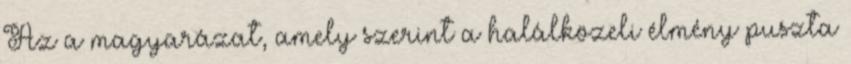
Az a magyarázat, amely szerint a halálközeli élmény puszta